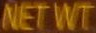
NET WT